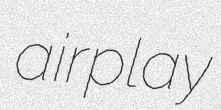
airplay